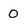
Character: 0